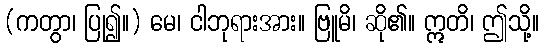
(ကတွာ၊ ပြု၍။) မေ၊ ငါဘုရားအား။ ဗြူမိ၊ ဆို၏။ ဣတိ၊ ဤသို့။